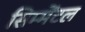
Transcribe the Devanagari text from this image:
सिम्मेंटल